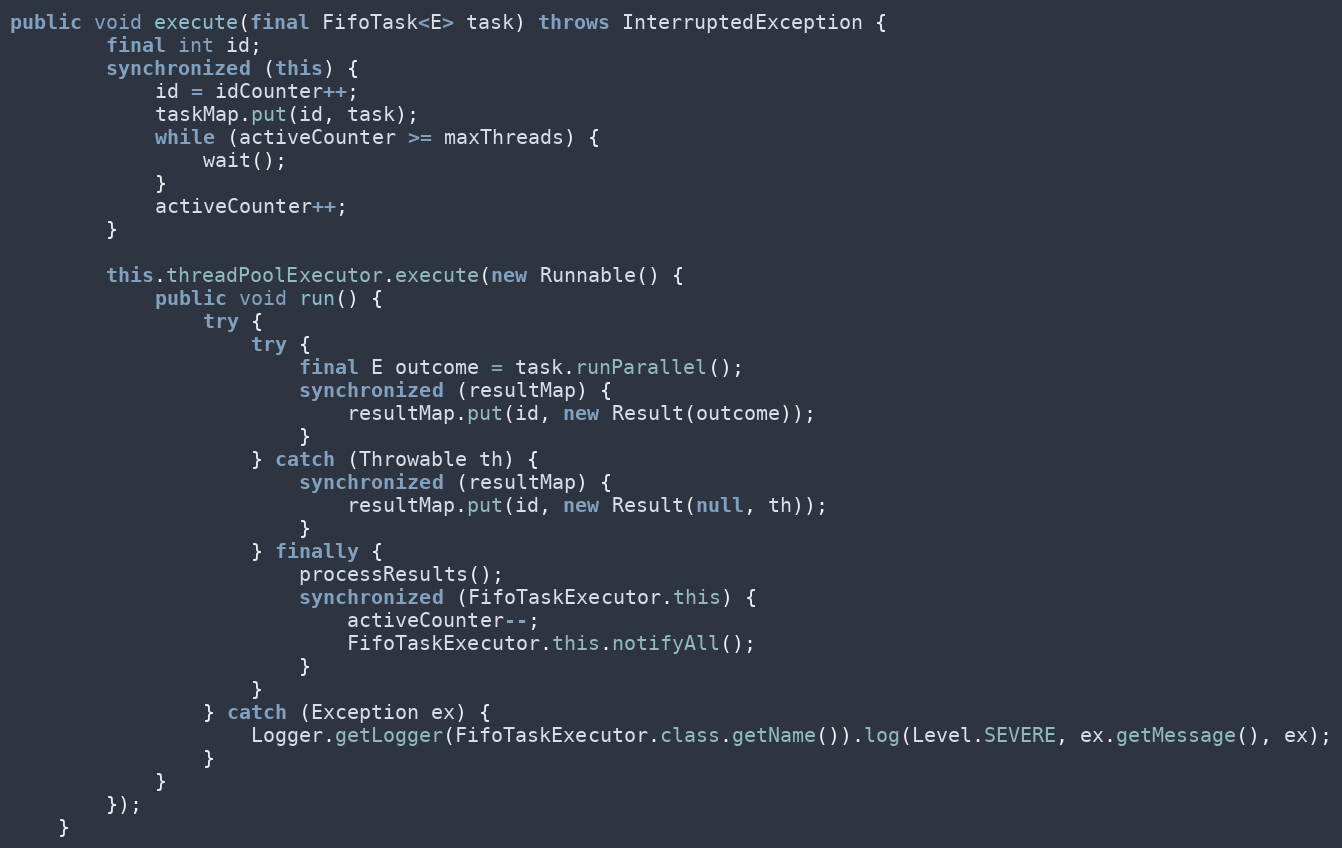
Language: Java
public void execute(final FifoTask<E> task) throws InterruptedException {
        final int id;
        synchronized (this) {
            id = idCounter++;
            taskMap.put(id, task);
            while (activeCounter >= maxThreads) {
                wait();
            }
            activeCounter++;
        }

        this.threadPoolExecutor.execute(new Runnable() {
            public void run() {
                try {
                    try {
                        final E outcome = task.runParallel();
                        synchronized (resultMap) {
                            resultMap.put(id, new Result(outcome));
                        }
                    } catch (Throwable th) {
                        synchronized (resultMap) {
                            resultMap.put(id, new Result(null, th));
                        }
                    } finally {
                        processResults();
                        synchronized (FifoTaskExecutor.this) {
                            activeCounter--;
                            FifoTaskExecutor.this.notifyAll();
                        }
                    }
                } catch (Exception ex) {
                    Logger.getLogger(FifoTaskExecutor.class.getName()).log(Level.SEVERE, ex.getMessage(), ex);
                }
            }
        });
    }